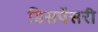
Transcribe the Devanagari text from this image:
डिसपेंसरी